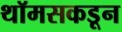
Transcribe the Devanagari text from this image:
थॉमसकडून